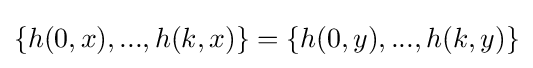
\left\{h(0,x),...,h(k,x)\right\}=\left\{h(0,y),...,h(k,y)\right\}